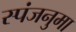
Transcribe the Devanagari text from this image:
स्पंजनुमा